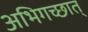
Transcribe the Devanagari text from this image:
अभिगच्छात्